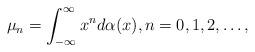
LaTeX: \begin{align*}\mu_n=\int_{-\infty}^{\infty}x^nd\alpha(x),n=0,1,2,\ldots,\end{align*}